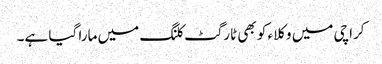
کراچی میں وکلاء کو بھی ٹارگٹ کلنگ میں مارا گیا ہے۔